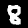
Label: 8